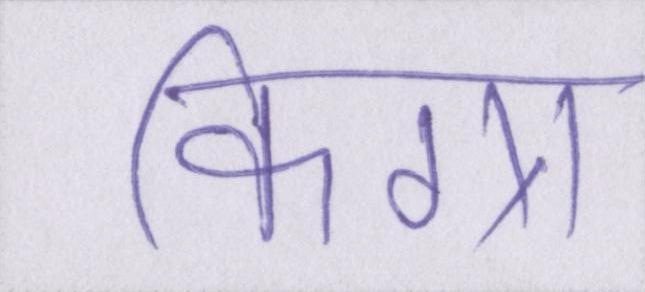
किग्रा